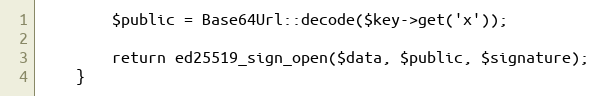
Language: PHP
        $public = Base64Url::decode($key->get('x'));

        return ed25519_sign_open($data, $public, $signature);
    }